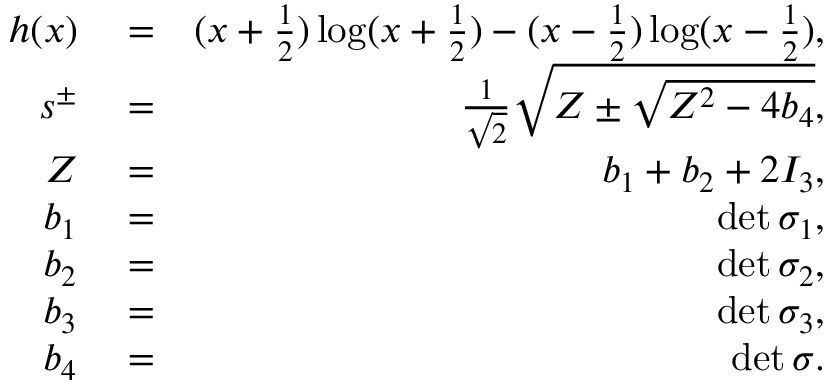
\begin{array} { r l r } { h ( x ) } & { { } = } & { ( x + \frac { 1 } { 2 } ) \log ( x + \frac { 1 } { 2 } ) - ( x - \frac { 1 } { 2 } ) \log ( x - \frac { 1 } { 2 } ) , } \\ { s ^ { \pm } } & { { } = } & { \frac { 1 } { \sqrt { 2 } } \sqrt { Z \pm \sqrt { Z ^ { 2 } - 4 b _ { 4 } } } , } \\ { Z } & { { } = } & { b _ { 1 } + b _ { 2 } + 2 I _ { 3 } , } \\ { b _ { 1 } } & { { } = } & { \operatorname* { d e t } \sigma _ { 1 } , } \\ { b _ { 2 } } & { { } = } & { \operatorname* { d e t } \sigma _ { 2 } , } \\ { b _ { 3 } } & { { } = } & { \operatorname* { d e t } \sigma _ { 3 } , } \\ { b _ { 4 } } & { { } = } & { \operatorname* { d e t } \sigma . } \end{array}